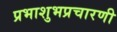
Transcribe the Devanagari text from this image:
प्रभाशुभप्रचारणी